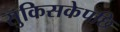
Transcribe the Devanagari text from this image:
सुकिसकेपछि